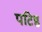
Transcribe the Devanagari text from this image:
पटिष्ठ